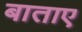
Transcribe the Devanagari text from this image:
बाताए